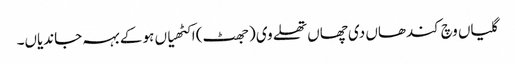
گلیاں وچ کندھاں دی چھاں تھلے وی (جھٹ) اکٹھیاں ہو کے بہہ جاندیاں۔